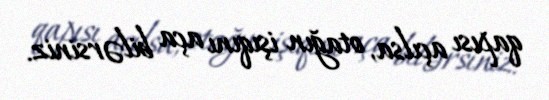
qapısı açılsa, otağın işıqını aça bilərsiniz.